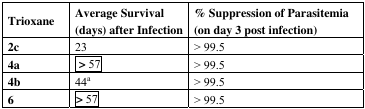
| Trioxane | Average Survival (days) after Infection | % Suppression of Parasitemia (on day 3 post infection) |
 | --- | --- | --- |
 | 2c | 23 | > 99.5 |
 | 4a | > 57 | > 99.5 |
 | 4b | 44a | > 99.5 |
 | 6 | > 57 | > 99.5 |